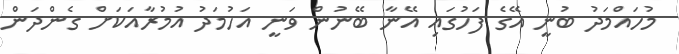
މުހައްމަދު ބުނީ އޭގެ ފަހުގައި އޭނާ ބޭނުން ވަނީ އަހުމަދު އުމުރާއަކަށް ގެންދަން